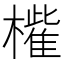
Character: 𣜁